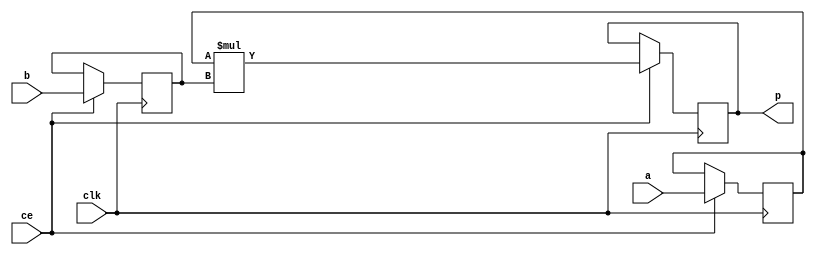
module video_scaler_mul_jbC_MulnS_0(clk, ce, a, b, p);
input clk;
input ce;
input[32 - 1 : 0] a; 
input[16 - 1 : 0] b; 
output[32 - 1 : 0] p;

reg signed [32 - 1 : 0] a_reg0;
reg signed [16 - 1 : 0] b_reg0;
wire signed [32 - 1 : 0] tmp_product;
reg signed [32 - 1 : 0] buff0;

assign p = buff0;
assign tmp_product = a_reg0 * b_reg0;
always @ (posedge clk) begin
    if (ce) begin
        a_reg0 <= a;
        b_reg0 <= b;
        buff0 <= tmp_product;
    end
end
endmodule